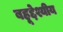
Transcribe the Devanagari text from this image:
बहूद्देश्यीय